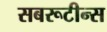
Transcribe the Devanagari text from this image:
सबरूटीन्स